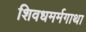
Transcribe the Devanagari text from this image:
शिवधमर्मगाथा